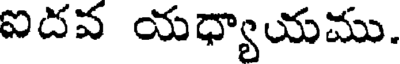
ఐదవ యధ్యాయము.